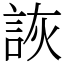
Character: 詼